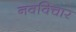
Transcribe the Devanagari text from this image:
नवविचार